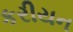
કરીયન